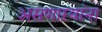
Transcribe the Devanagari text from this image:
असणाऱयांना